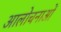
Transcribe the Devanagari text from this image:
आलोचनाआें